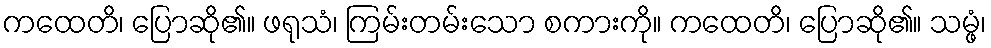
ကထေတိ၊ ပြောဆို၏။ ဖရုသံ၊ ကြမ်းတမ်းသော စကားကို။ ကထေတိ၊ ပြောဆို၏။ သမ္ဖံ၊